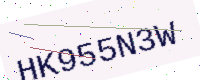
Text: HK955N3W